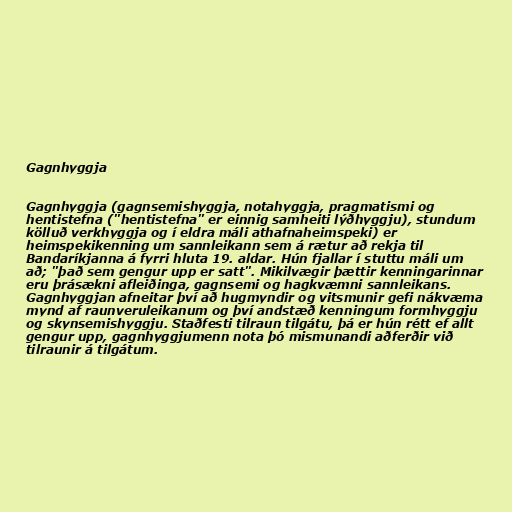
Gagnhyggja

Gagnhyggja (gagnsemishyggja, notahyggja, pragmatismi og
hentistefna ("hentistefna" er einnig samheiti lýðhyggju), stundum
kölluð verkhyggja og í eldra máli athafnaheimspeki) er
heimspekikenning um sannleikann sem á rætur að rekja til
Bandaríkjanna á fyrri hluta 19. aldar. Hún fjallar í stuttu máli um
að; "það sem gengur upp er satt". Mikilvægir þættir kenningarinnar
eru þrásækni afleiðinga, gagnsemi og hagkvæmni sannleikans.
Gagnhyggjan afneitar því að hugmyndir og vitsmunir gefi nákvæma
mynd af raunveruleikanum og því andstæð kenningum formhyggju
og skynsemishyggju. Staðfesti tilraun tilgátu, þá er hún rétt ef allt
gengur upp, gagnhyggjumenn nota þó mismunandi aðferðir við
tilraunir á tilgátum.